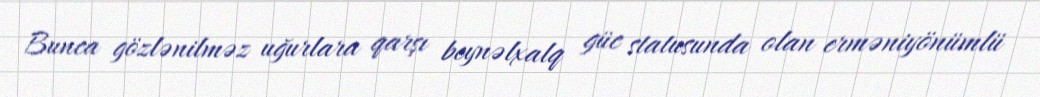
Bunca gözlənilməz uğurlara qarşı beynəlxalq güc statusunda olan erməniyönümlü